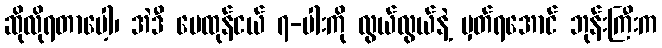
ဆိုလိုရတာပေါ့၊ အဲဒီ မေထုန်ငယ် ၇-ပါးကို လွယ်လွယ်နဲ့ မှတ်ရအောင် ဘုန်းကြီးက